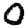
Digit: 0